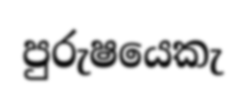
පුරුෂයෙකැ